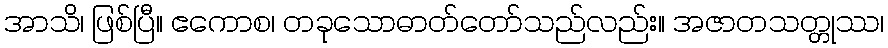
အာသိ၊ ဖြစ်ပြီ။ ဧကောစ၊ တခုသောဓာတ်တော်သည်လည်း။ အဇာတသတ္တုဿ၊